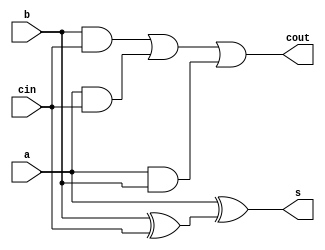
module adder_3is2(
input a,
input b,
input cin,
output s,
output cout);
assign s = a ^ ( b ^ cin );
assign cout = (b & cin) | (a & cin) | (a & b);
endmodule